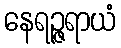
နေရဉ္ဇရာယံ